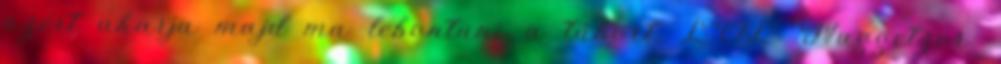
azért akarja majd ma lebontani a tábort. LOL Nuggetzor: